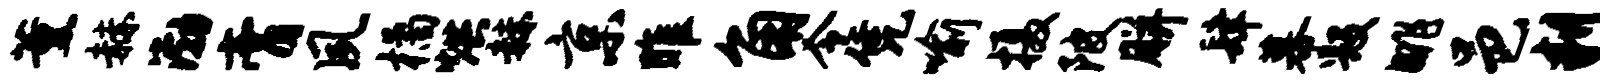
薰赫渤膏夙橘烘赫京雎角令凭喻摄陂胼肆幕毁眺邑判